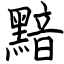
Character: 黯